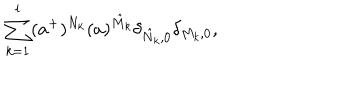
LaTeX: \sum _ { k = 1 } ^ { l } ( a ^ { + } ) ^ { N _ { k } } ( a ) ^ { \hat { M } _ { k } } \delta _ { \hat { N } _ { k } , 0 } \delta _ { M _ { k } , 0 } ,